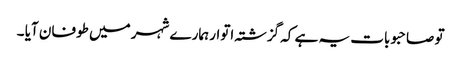
تو صاحبو بات یہ ہے کہ گزشتہ اتوار ہمارے شہر میں طوفان آیا ۔